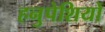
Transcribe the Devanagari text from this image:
हनुपेशियों